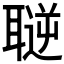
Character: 𦗄